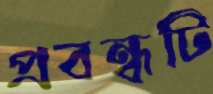
প্রবন্ধটি